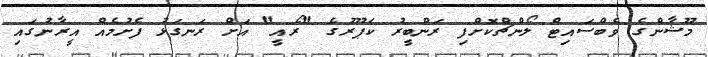
މޫޝާންގެ ވެބްސައިޓް ލޯންޗްކޮށްފި ރަންބީރު ކަޕޫރުގެ "ރޯއީ" އަށް ރަނގަޅު ފެށުމެއް އީރާނުގައި